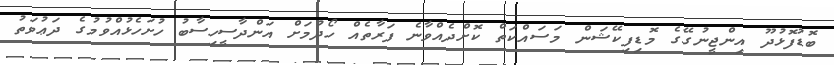
ބޮޑުފޮޅުދޫ އިންޖީނުގޭގެ މޮޑިފިކޭޝަން މަސައްކަތް ކޮށްދެއްވާނެ ފަރާތެއް ހޯދުމަށް އަންދާސީހިސާބު ހުށަހެޅުއްވުމުގެ ދަޢުވަތު